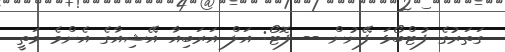
ގަތަރުގެ ފުޓްބޯޅަ ފޭނުން -- ފޮޓޯ: އަލް އަރަބިއާ އޭޝިއާގެ އެންމެ މަތީ